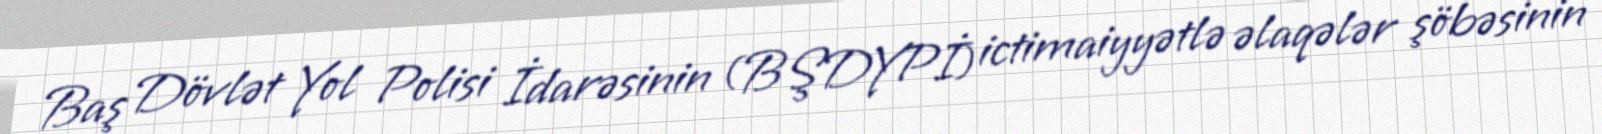
Baş Dövlət Yol Polisi İdarəsinin (BŞDYPİ) ictimaiyyətlə əlaqələr şöbəsinin